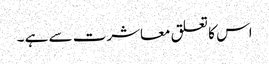
اس کا تعلق معاشرت سے ہے ۔